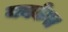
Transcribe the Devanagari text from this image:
मक्केत